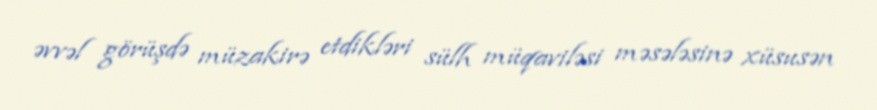
əvvəl görüşdə müzakirə etdikləri sülh müqaviləsi məsələsinə xüsusən